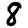
Digit: 8